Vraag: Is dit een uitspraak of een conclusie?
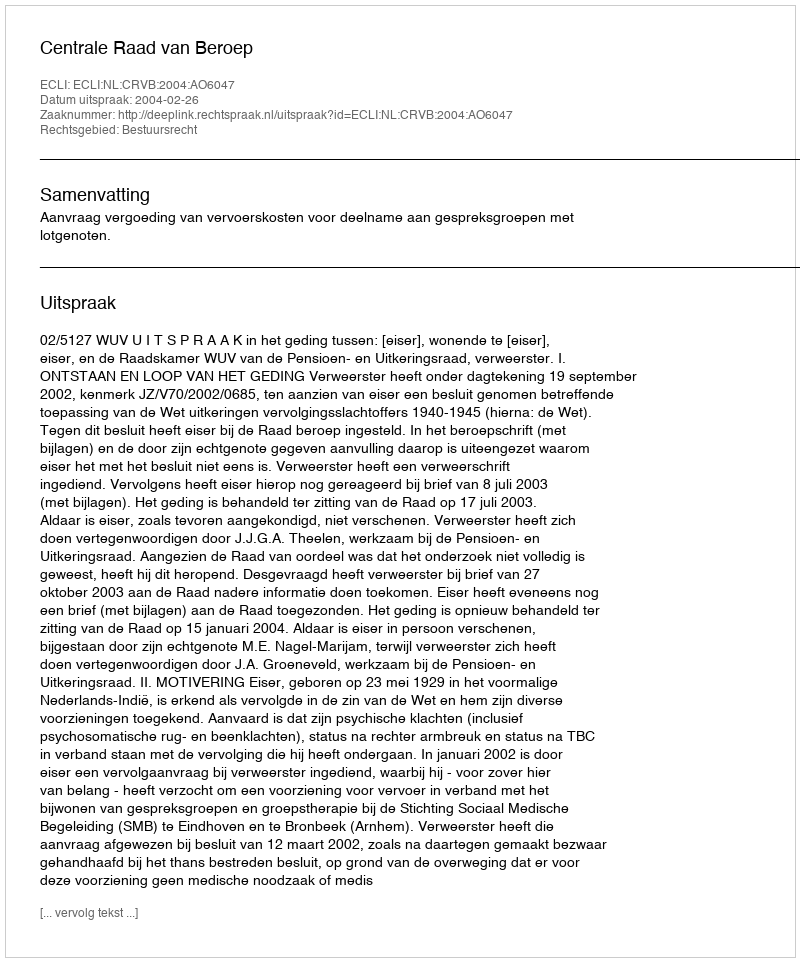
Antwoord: Uitspraak